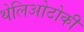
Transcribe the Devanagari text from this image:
थेलिओटोकी